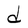
Character: d